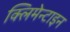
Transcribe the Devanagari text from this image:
क्लिमेन्टाइन